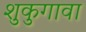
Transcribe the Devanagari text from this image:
शुकुगावा